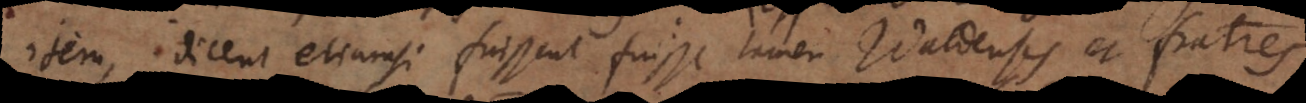
item, dicent etiamsi fuissent fuisse tamen Waldenses et fratres